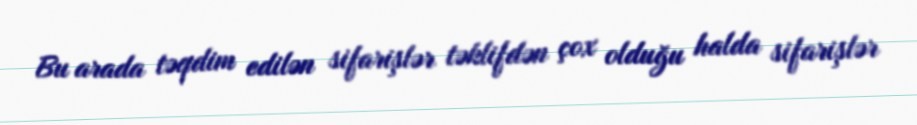
Bu arada təqdim edilən sifarişlər təklifdən çox olduğu halda sifarişlər